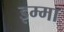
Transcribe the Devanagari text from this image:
इम्मा